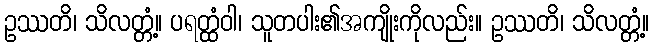
ဥဿတိ၊ သိလတ္တံ့။ ပရတ္ထံဝါ၊ သူတပါး၏အကျိုးကိုလည်း။ ဥဿတိ၊ သိလတ္တံ့။